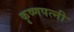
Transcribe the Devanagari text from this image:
कृष्णपत्‍नी